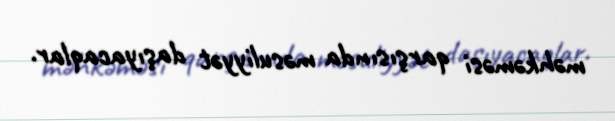
məhkəməsi qarşısında məsuliyyət daşıyacaqlar.